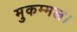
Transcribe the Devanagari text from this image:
मुकम्मल।